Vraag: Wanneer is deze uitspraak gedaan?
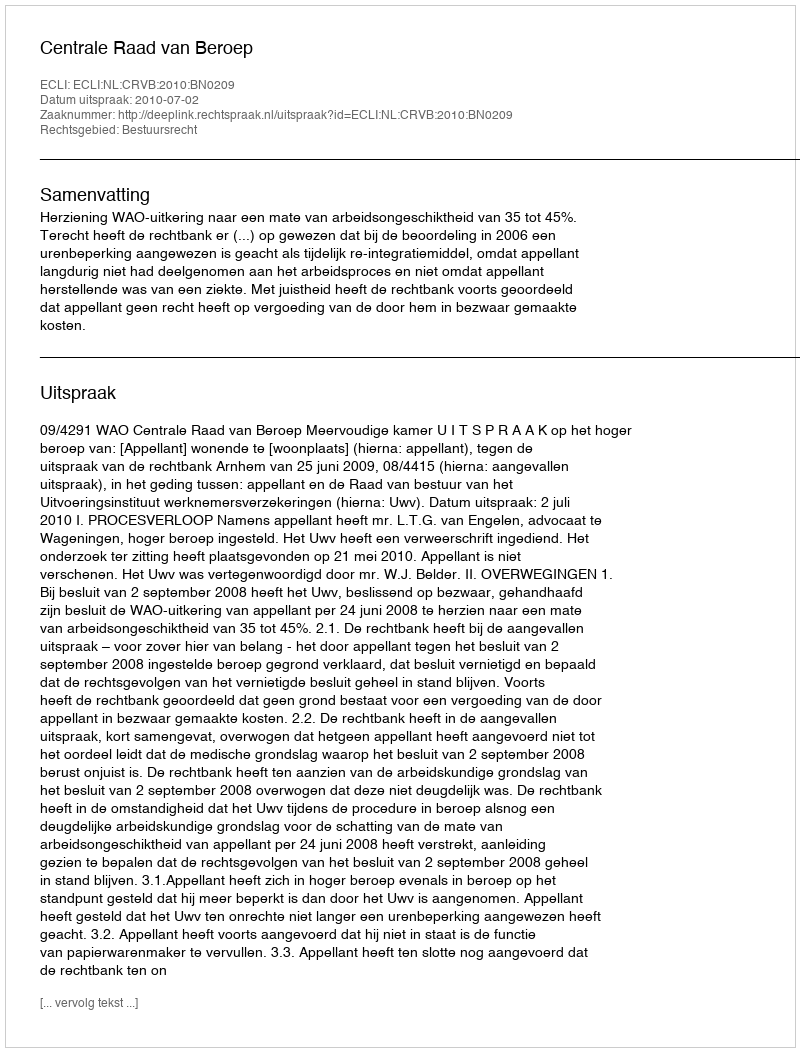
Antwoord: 2010-07-02